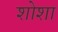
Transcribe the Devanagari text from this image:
शोशा